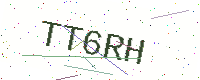
Text: TT6RH